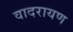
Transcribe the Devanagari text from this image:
वादरायण